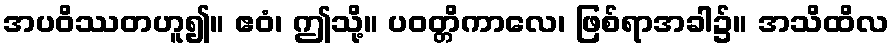
အပဝိဿတဟူ၍။ ဧဝံ၊ ဤသို့။ ပဝတ္တိကာလေ၊ ဖြစ်ရာအခါ၌။ အသိထိလ